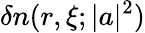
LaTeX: \delta n(r,\xi;|a|^{2})